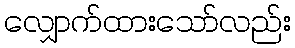
လျှောက်ထားသော်လည်း